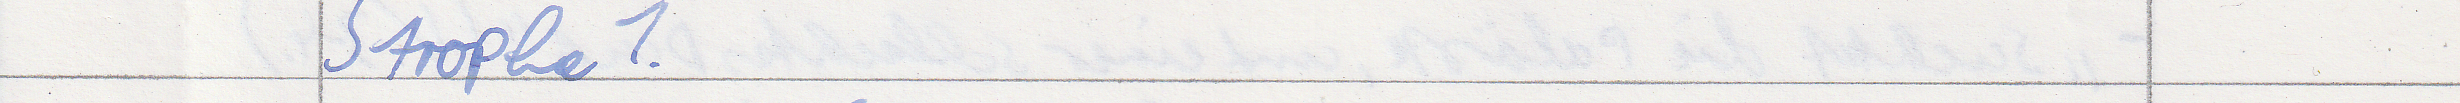
Strophe 1.